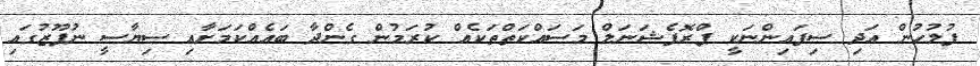
ފުލުހުން އަދި ސިފައިންނަކީ ޕްރޮފެޝަނަލް މަސައްކަތްތަކެއް ކުރަމުން ގެންދާ ބައެއްކަމަށާއި ސިޔާސީ ނުފޫޒުގައި